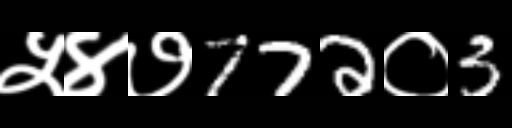
Text: ५४७772०3